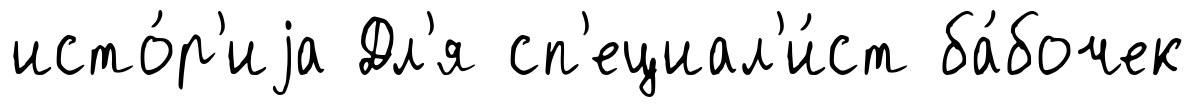
исто́р'иjа Дл'я сп'ециал'и́ст ба́бочек